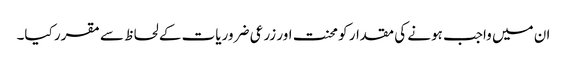
ان میں واجب ہونے کی مقدار کو محنت اور زرعی ضروریات کے لحاظ سے مقرر کیا۔